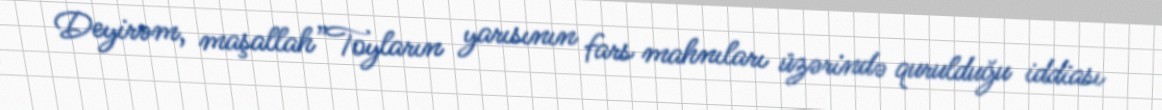
Deyirəm, maşallah”Toyların yarısının fars mahnıları üzərində qurulduğu iddiası